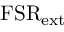
\mathrm { F S R } _ { \mathrm { e x t } }